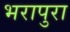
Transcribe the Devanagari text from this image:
भरापुरा